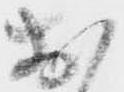
お